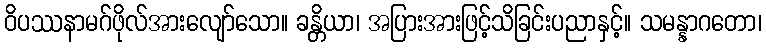
ဝိပဿနာမဂ်ဖိုလ်အားလျော်သော။ ခန္တိယာ၊ အပြားအားဖြင့်သိခြင်းပညာနှင့်။ သမန္နာဂတော၊